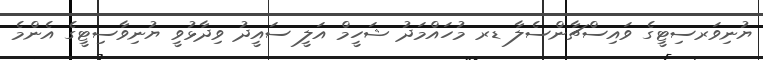
ޔުނިވަރސިޓީގެ ވައިސްޗާންސެލާ ޑރ މުހައްމަދު ޝަހީމް އަލީ ސައީދު ވިދާޅުވީ ޔުނިވާސިޓީގެ އެންމެ